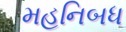
મહનિબધ